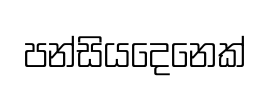
පන්සියදෙනෙක්